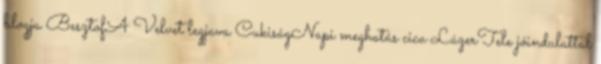
blogja BesztofA Velvet legjava CukiságNapi meghatás cica LúzerTele jóindulattal